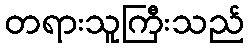
တရားသူကြီးသည်